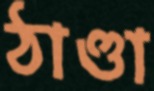
ঠাণ্ডা